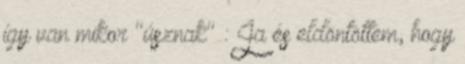
így van mikor "úsznak" : Ja és eldöntöttem, hogy